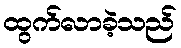
ထွက်လာခဲ့သည်